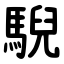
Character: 䮘